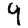
Digit: 4